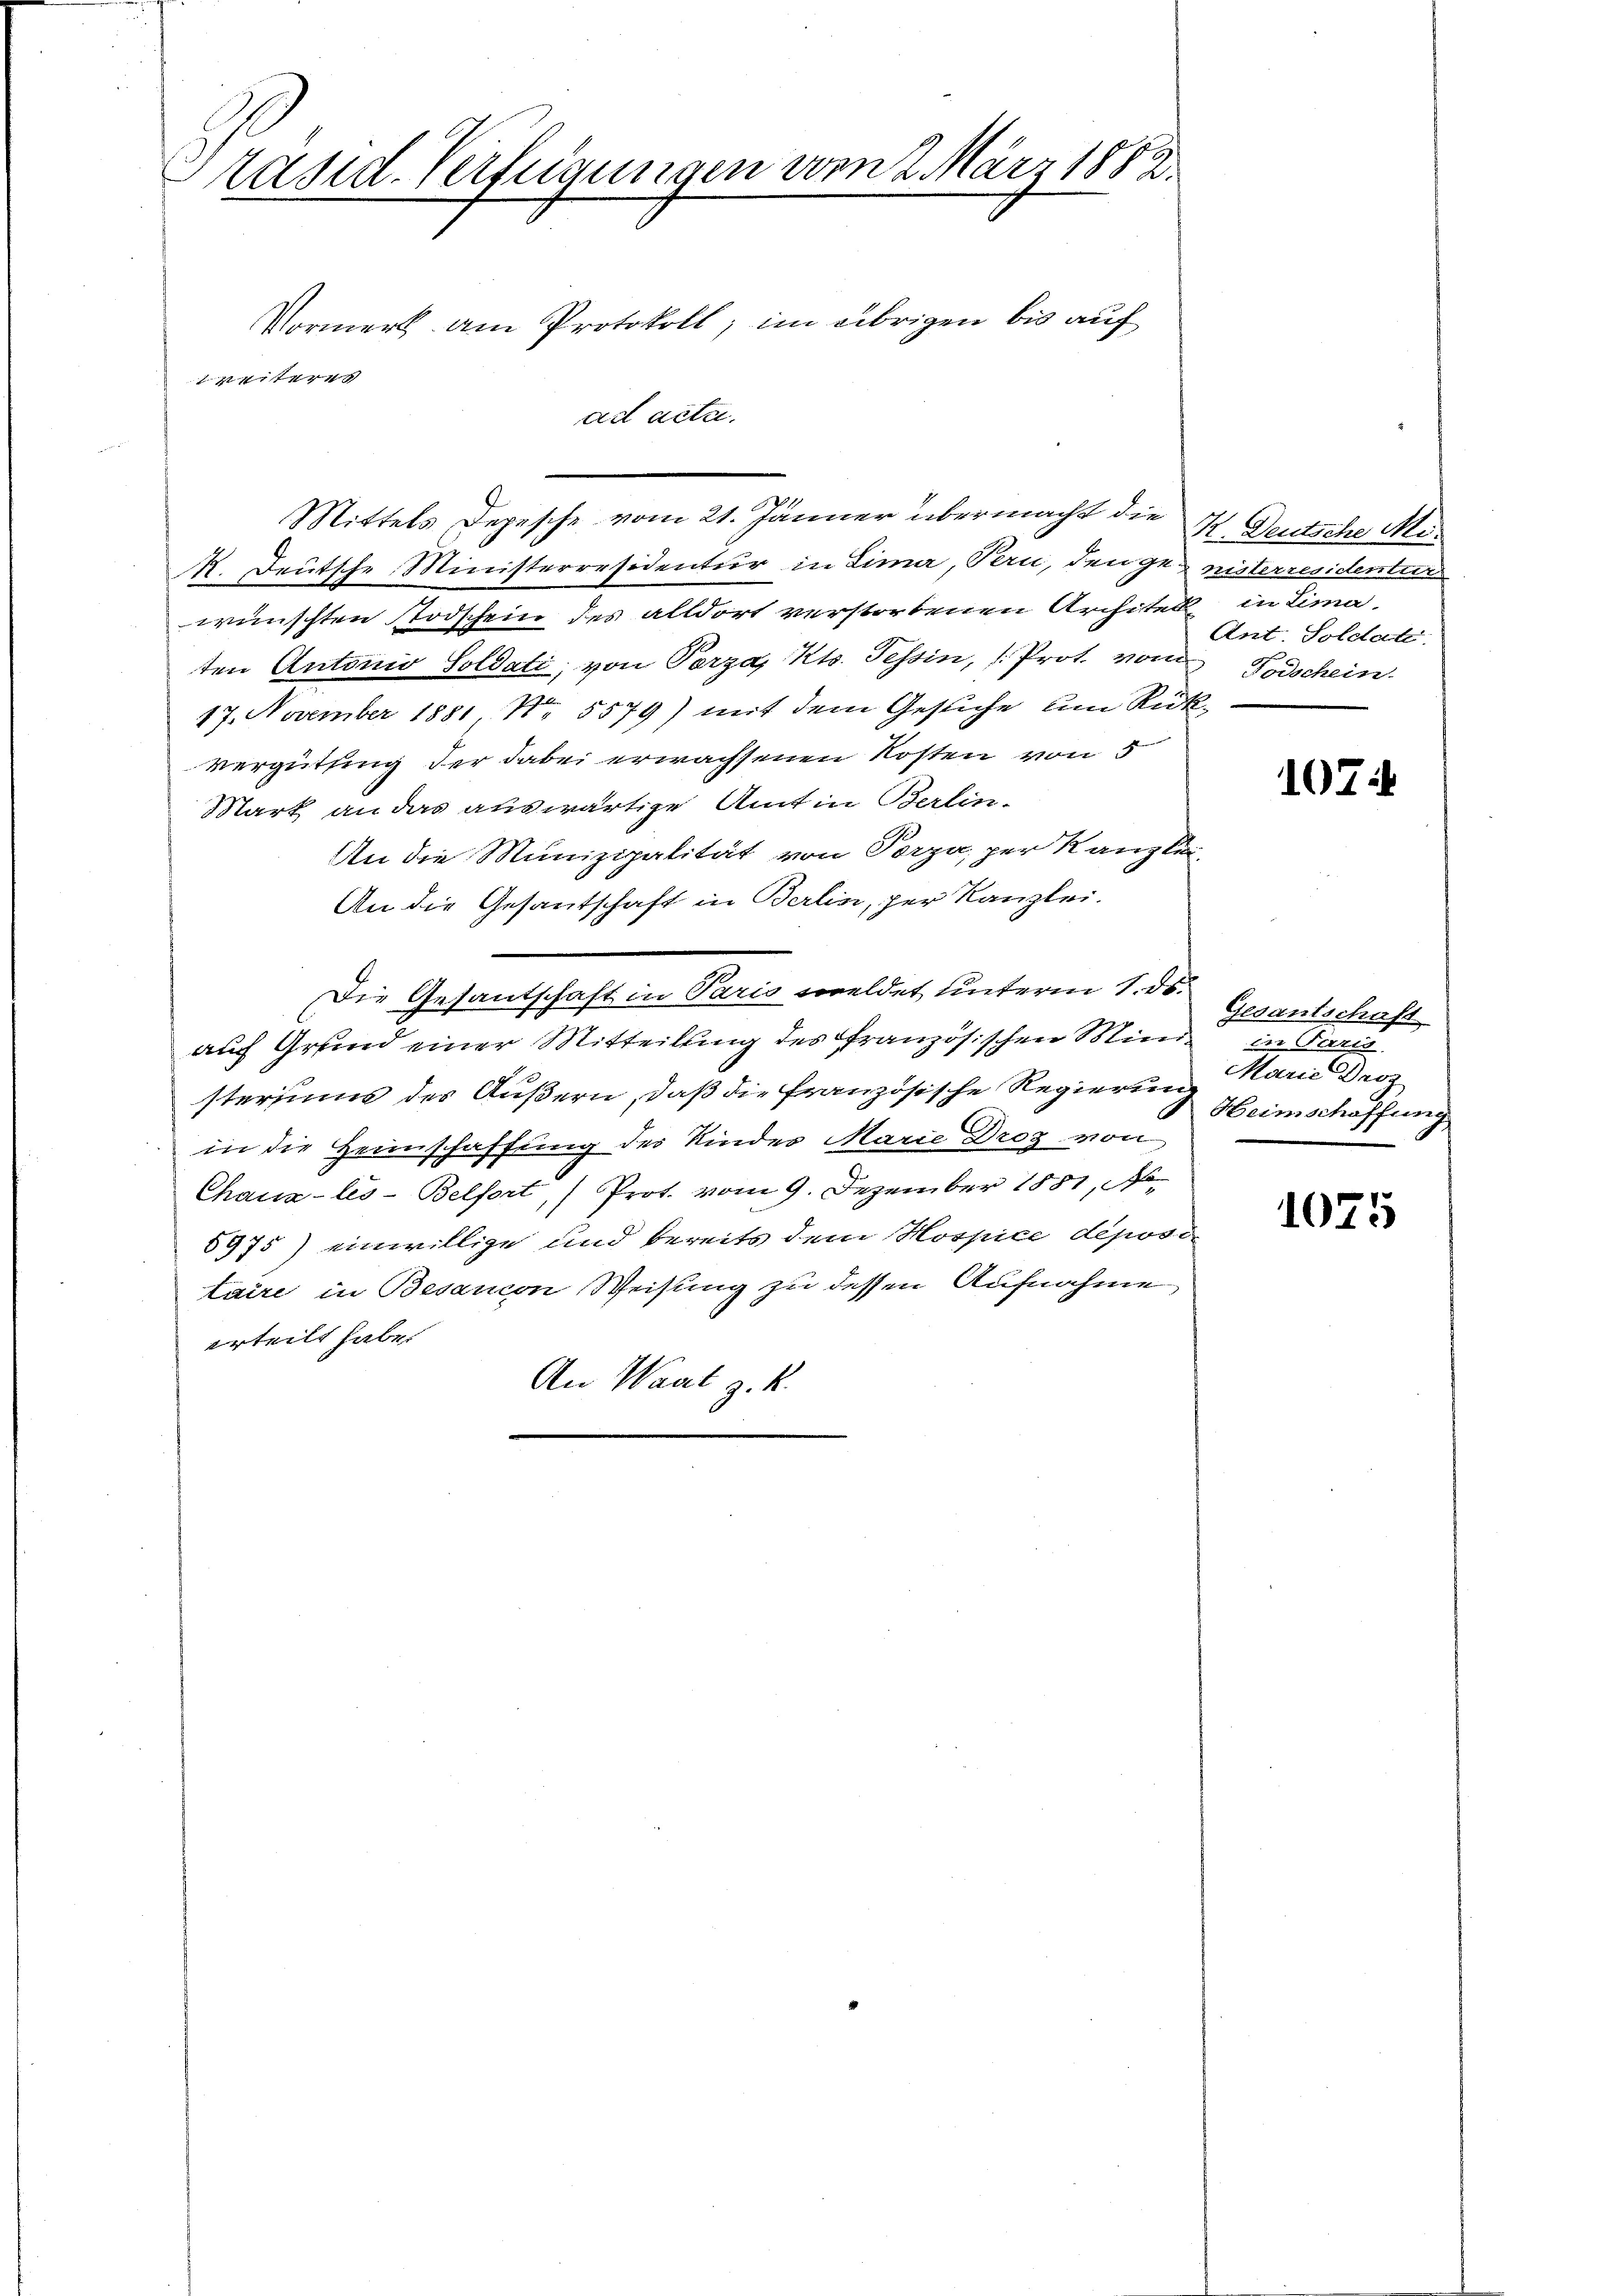
Präsid. Verfügungen vom 2. März 1882
Vormerk am Protokoll; im übrigen bis auf
itere
ad acta.

14. Deutsche Ministerresidentur in Lima, Bern, den genisterresidenten
wünschten Stodschein des alldort verstorbenen Architek in Limaten Antonio Soldati, von Parza, Kts. Tessin, (Prot. vom Todschein
17. November 1881, No. 5579) mit dem Gesiche um Rükvergütting der dabei erwachsenen Kosten von 5
Mark an das auswärtige Amt in Berlin-
An die Munizipalität von Porpa, per Kanzlei-
An die Gesantschaft in Berlin, per Kanzlei.
Die Gesantschaft in Paris meldet unterm 1. ds.
auf Grund einer Mitteilung des Französischen Ministersums des Äußern, daß die französische Regierung
in die Heimschaffung des Kinder Marie Droz von
Chaux-les-Belfort, Prot. vom 9. Dezember 1851, No
5975) einwillige und bereits dem Hospice depositaire in Besancon Weisung zu dessen Aufnahme
erteilt habe.
An Wart z. K.

21
Mittels Depesche vom 21. Jänner übermacht die 4 Deutsche Mi¬

Ant. Soldate

107:

Gesantschaft
der Terris
Marie Droz
Heimschaffung

1075